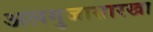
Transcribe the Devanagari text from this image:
अलगुजासारखा